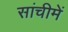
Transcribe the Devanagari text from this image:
सांचीमें